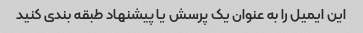
این ایمیل را به عنوان یک پرسش یا پیشنهاد طبقه بندی کنید